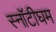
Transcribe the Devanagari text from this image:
स्नॉटीघम